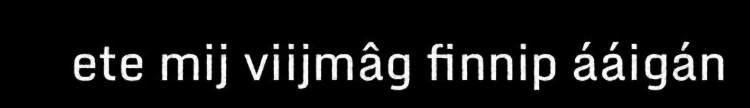
ete mij viijmâg finnip ááigán